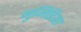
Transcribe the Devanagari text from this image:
नुमिडिया